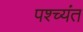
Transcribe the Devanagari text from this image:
पश्च्यंत